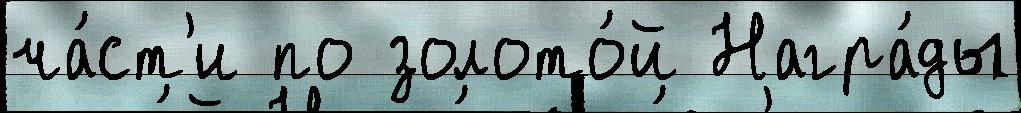
ча́ст'и по золото́й Награ́ды